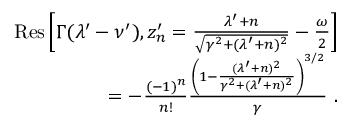
\begin{array} { r } { \mathrm { R e s } \left[ \Gamma ( \lambda ^ { \prime } - \nu ^ { \prime } ) , z _ { n } ^ { \prime } = \frac { \lambda ^ { \prime } + n } { \sqrt { \gamma ^ { 2 } + ( \lambda ^ { \prime } + n ) ^ { 2 } } } - \frac { \omega } { 2 } \right] } \\ { = - \frac { ( - 1 ) ^ { n } } { n ! } \frac { \left( 1 - \frac { ( \lambda ^ { \prime } + n ) ^ { 2 } } { \gamma ^ { 2 } + ( \lambda ^ { \prime } + n ) ^ { 2 } } \right) ^ { 3 / 2 } } { \gamma } ~ . } \end{array}